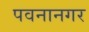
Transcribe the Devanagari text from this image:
पवनानगर